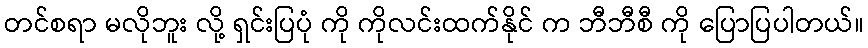
တင်စရာ မလိုဘူး လို့ ရှင်းပြပုံ ကို ကိုလင်းထက်နိုင် က ဘီဘီစီ ကို ပြောပြပါတယ်။